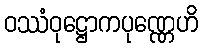
ဝဿံဝုဋ္ဌောကပုဏ္ဏေဟိ